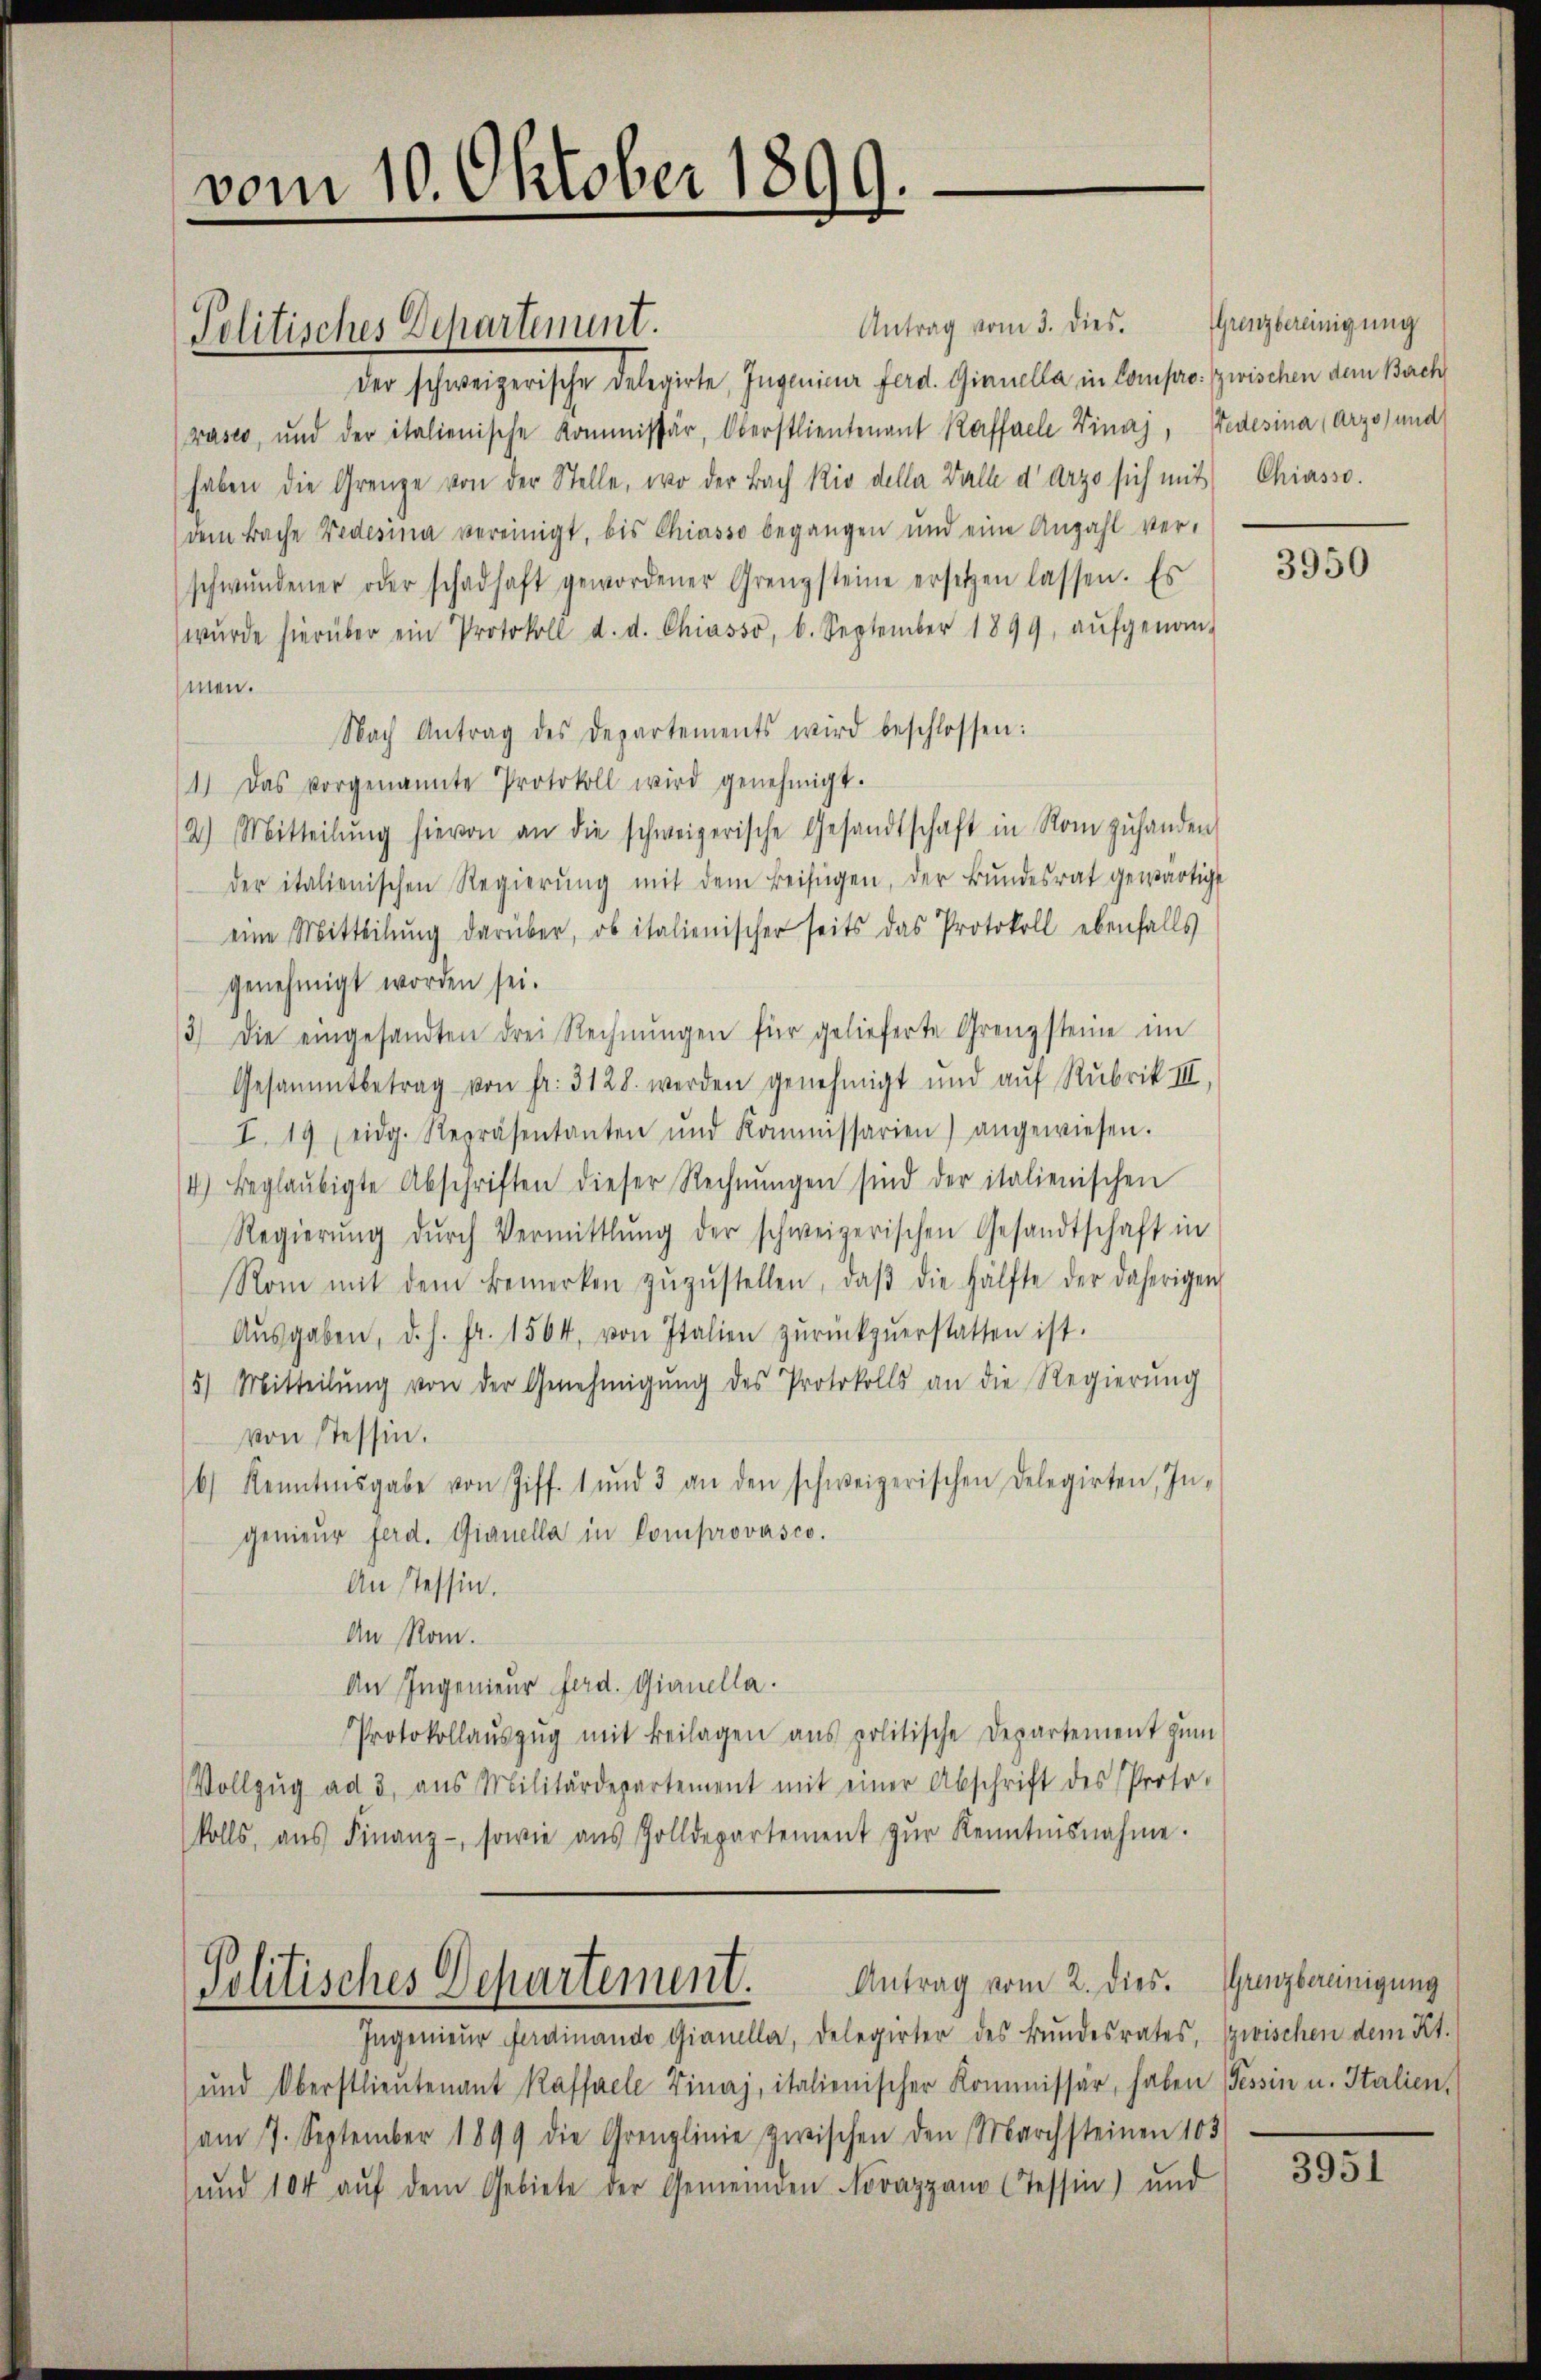
vom 10. Oktober 1899.
d

Antrag vom 3. dies. Grenzbereinigung
der schweizerische Delegirte, Ingenieur Ferd. Gianella in Compro: zwischen dem Bach
raser, und der italienische Kommissär, Oberstlieutenant Kaffeele Finaj, Jedesina (Arzo) und
haben die Grenze von der Stelle, wo der Bach Kio della Balle darzo sich mit Chiasso.
dem Bache Fedesina vereinigt, bis Chiasso begangen und eine Anzahl ver-
schwundener oder schadhaft gewordener Grenzsteine ersetzen lassen. Es
wŭrde hierüber ein Protokoll d. d. Chiasso, b. September 1899, aŭfgenom-
hmen.
Nach Antrag des Departements wird beschlossen:
1) Das vorgenannte Protokoll wird genehmigt.
(2) Mitteilŭng hievon an die schweizerische Gesandtschaft in Rom zŭhanden
der italienischen Regierŭng mit dem Beifügen, der Bŭndesrat gewärtigt
eine Mitteilung darüber, ob italienischer seits das Protokoll ebenfalls
genehmigt worden sei.
3) Die eingesandten drei Rechnŭngen für gelieferte Grenzsteine im
Gesammtbetrag von fr. 3128. werden genehmigt und aŭf Rubrik III,
I. 19 (eidg. Repräsentanten und Kommissarien) angewiesen.
/4) beglaŭbigte Abschriften dieser Rechnŭngen sind der italienischen
Regierŭng dŭrch Vermittlung der schweizerischen Gesandtschaft in
Rom mit dem Bemerken zŭzŭstellen, daβ die Hälfte der daherigen
Aŭsgaben, d. h. fr. 1564, von Italien zŭrückzŭerstatten ist.
5) Mitteilŭng von der Genehmigŭng des Protokolls an die Regierŭng
von Tessin.
6) Kenntnisgabe von Ziff. 1 und 3 an den schweizerischen Delegirten, In-
genieŭr Ferd. Gianella in Comprovasco.
An Tessin.
An Rom.
An Ingenieur Ferd. Gianella.
Protokollaŭszŭg mit Beilagen ans politische Departement zŭm
Vollzŭg ad 3, aus Militärdepartement mit einer Abschrift des Proto-
kolls, aŭs Finanz-, sowie aŭs Zolldepartement zŭr Kenntnisnahme.

Politisches Departenunt.

Antrag vom 2. dies. Grenzbereinigung
Politisches Departement.

Ingenieŭr Ferdinande Gianella, Delegirter des Bŭndesrates, zwischen dem Kt.
und Oberstlieutenant Kaffeele Finaj, italienischer Kommissär, haben Tessin u. Italien,
(am 7. September 1899 die Grenzlinie zwischen den Marchsteinen 103
ŭnd 104 aŭf dem Gebiete der Gemeinden Novazzan Cessin) und

3950

3951